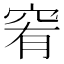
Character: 䆜